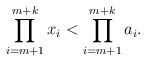
LaTeX: \begin{align*}\prod_{i=m+1}^{m+k} x_i <\prod_{i=m+1}^{m+k} a_i. \end{align*}